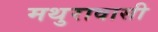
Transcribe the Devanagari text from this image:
मथुरावासी